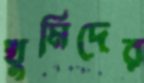
খুমিদের